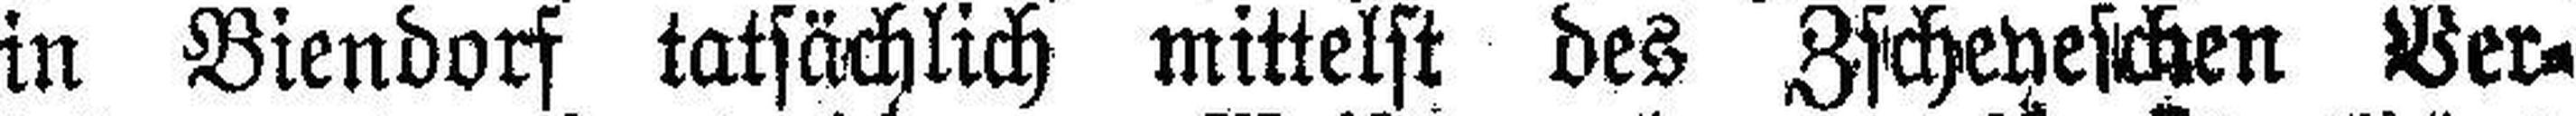
in Biendorf tatsächlich mittelst des Zscheveschen Ver¬